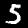
Digit: 5